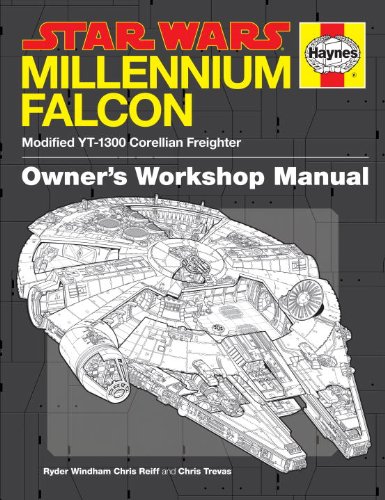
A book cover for Star Wars Millennium Falcon: Owner's Workshop Manual; Ryder Windham; Science Fiction & Fantasy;